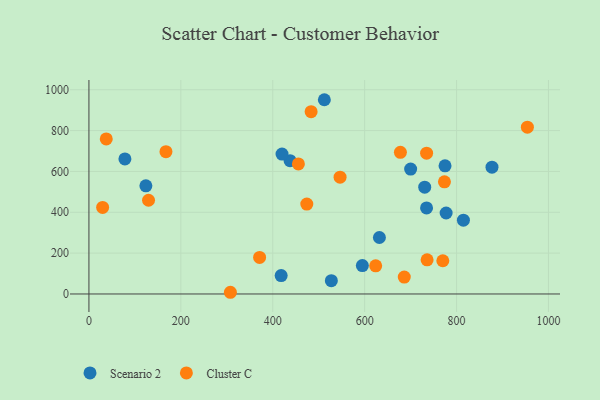
{"axis": {"x": "Price", "y": "Yield"}, "legend": ["Cluster C", "Scenario 2"], "data": [{"x": "527.5", "y": 65.0, "type": "Scenario 2"}, {"x": "512.3", "y": 951.1, "type": "Scenario 2"}, {"x": "734.7", "y": 421.2, "type": "Scenario 2"}, {"x": "632.1", "y": 276.5, "type": "Scenario 2"}, {"x": "595.0", "y": 138.8, "type": "Scenario 2"}, {"x": "774.9", "y": 627.5, "type": "Scenario 2"}, {"x": "123.9", "y": 529.5, "type": "Scenario 2"}, {"x": "777.3", "y": 396.5, "type": "Scenario 2"}, {"x": "418.3", "y": 90.0, "type": "Scenario 2"}, {"x": "877.1", "y": 621.0, "type": "Scenario 2"}, {"x": "814.9", "y": 361.1, "type": "Scenario 2"}, {"x": "78.3", "y": 661.4, "type": "Scenario 2"}, {"x": "700.1", "y": 611.7, "type": "Scenario 2"}, {"x": "730.7", "y": 523.1, "type": "Scenario 2"}, {"x": "437.7", "y": 652.7, "type": "Scenario 2"}, {"x": "420.2", "y": 684.8, "type": "Scenario 2"}, {"x": "483.5", "y": 892.4, "type": "Cluster C"}, {"x": "734.8", "y": 689.3, "type": "Cluster C"}, {"x": "770.1", "y": 162.6, "type": "Cluster C"}, {"x": "954.1", "y": 816.9, "type": "Cluster C"}, {"x": "546.5", "y": 572.1, "type": "Cluster C"}, {"x": "37.7", "y": 759.0, "type": "Cluster C"}, {"x": "455.8", "y": 636.9, "type": "Cluster C"}, {"x": "129.7", "y": 458.9, "type": "Cluster C"}, {"x": "371.4", "y": 179.0, "type": "Cluster C"}, {"x": "686.2", "y": 82.6, "type": "Cluster C"}, {"x": "624.0", "y": 137.7, "type": "Cluster C"}, {"x": "307.8", "y": 8.3, "type": "Cluster C"}, {"x": "773.6", "y": 549.1, "type": "Cluster C"}, {"x": "677.8", "y": 693.4, "type": "Cluster C"}, {"x": "735.9", "y": 167.2, "type": "Cluster C"}, {"x": "167.6", "y": 696.9, "type": "Cluster C"}, {"x": "29.8", "y": 423.7, "type": "Cluster C"}, {"x": "474.1", "y": 440.3, "type": "Cluster C"}]}